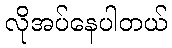
လိုအပ်နေပါတယ်